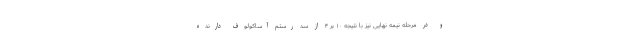
و در مرحله نیمه نهایی نیز با نتیجه ۱۰ بر ۴ از سد رستم آساکولوف دارنده